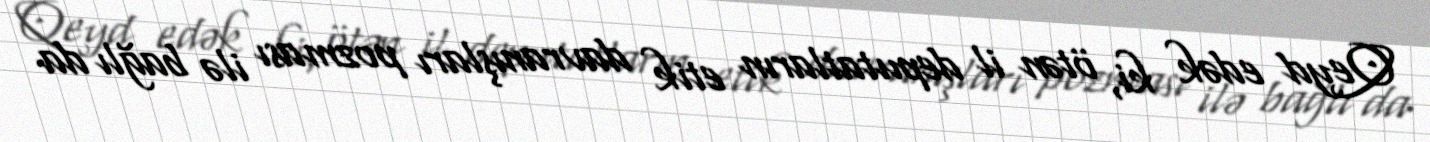
Qeyd edək ki, ötən il deputatların etik davranışları pozması ilə bağlı da